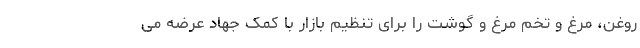
روغن، مرغ و تخم مرغ و گوشت را برای تنظیم بازار با کمک جهاد عرضه می